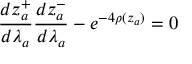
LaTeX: \frac { d z _ { a } ^ { + } } { d \lambda _ { a } } \frac { d z _ { a } ^ { - } } { d \lambda _ { a } } - e ^ { - 4 \rho ( z _ { a } ) } = 0